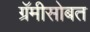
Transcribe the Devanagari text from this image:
ग्रॅमीसोबत